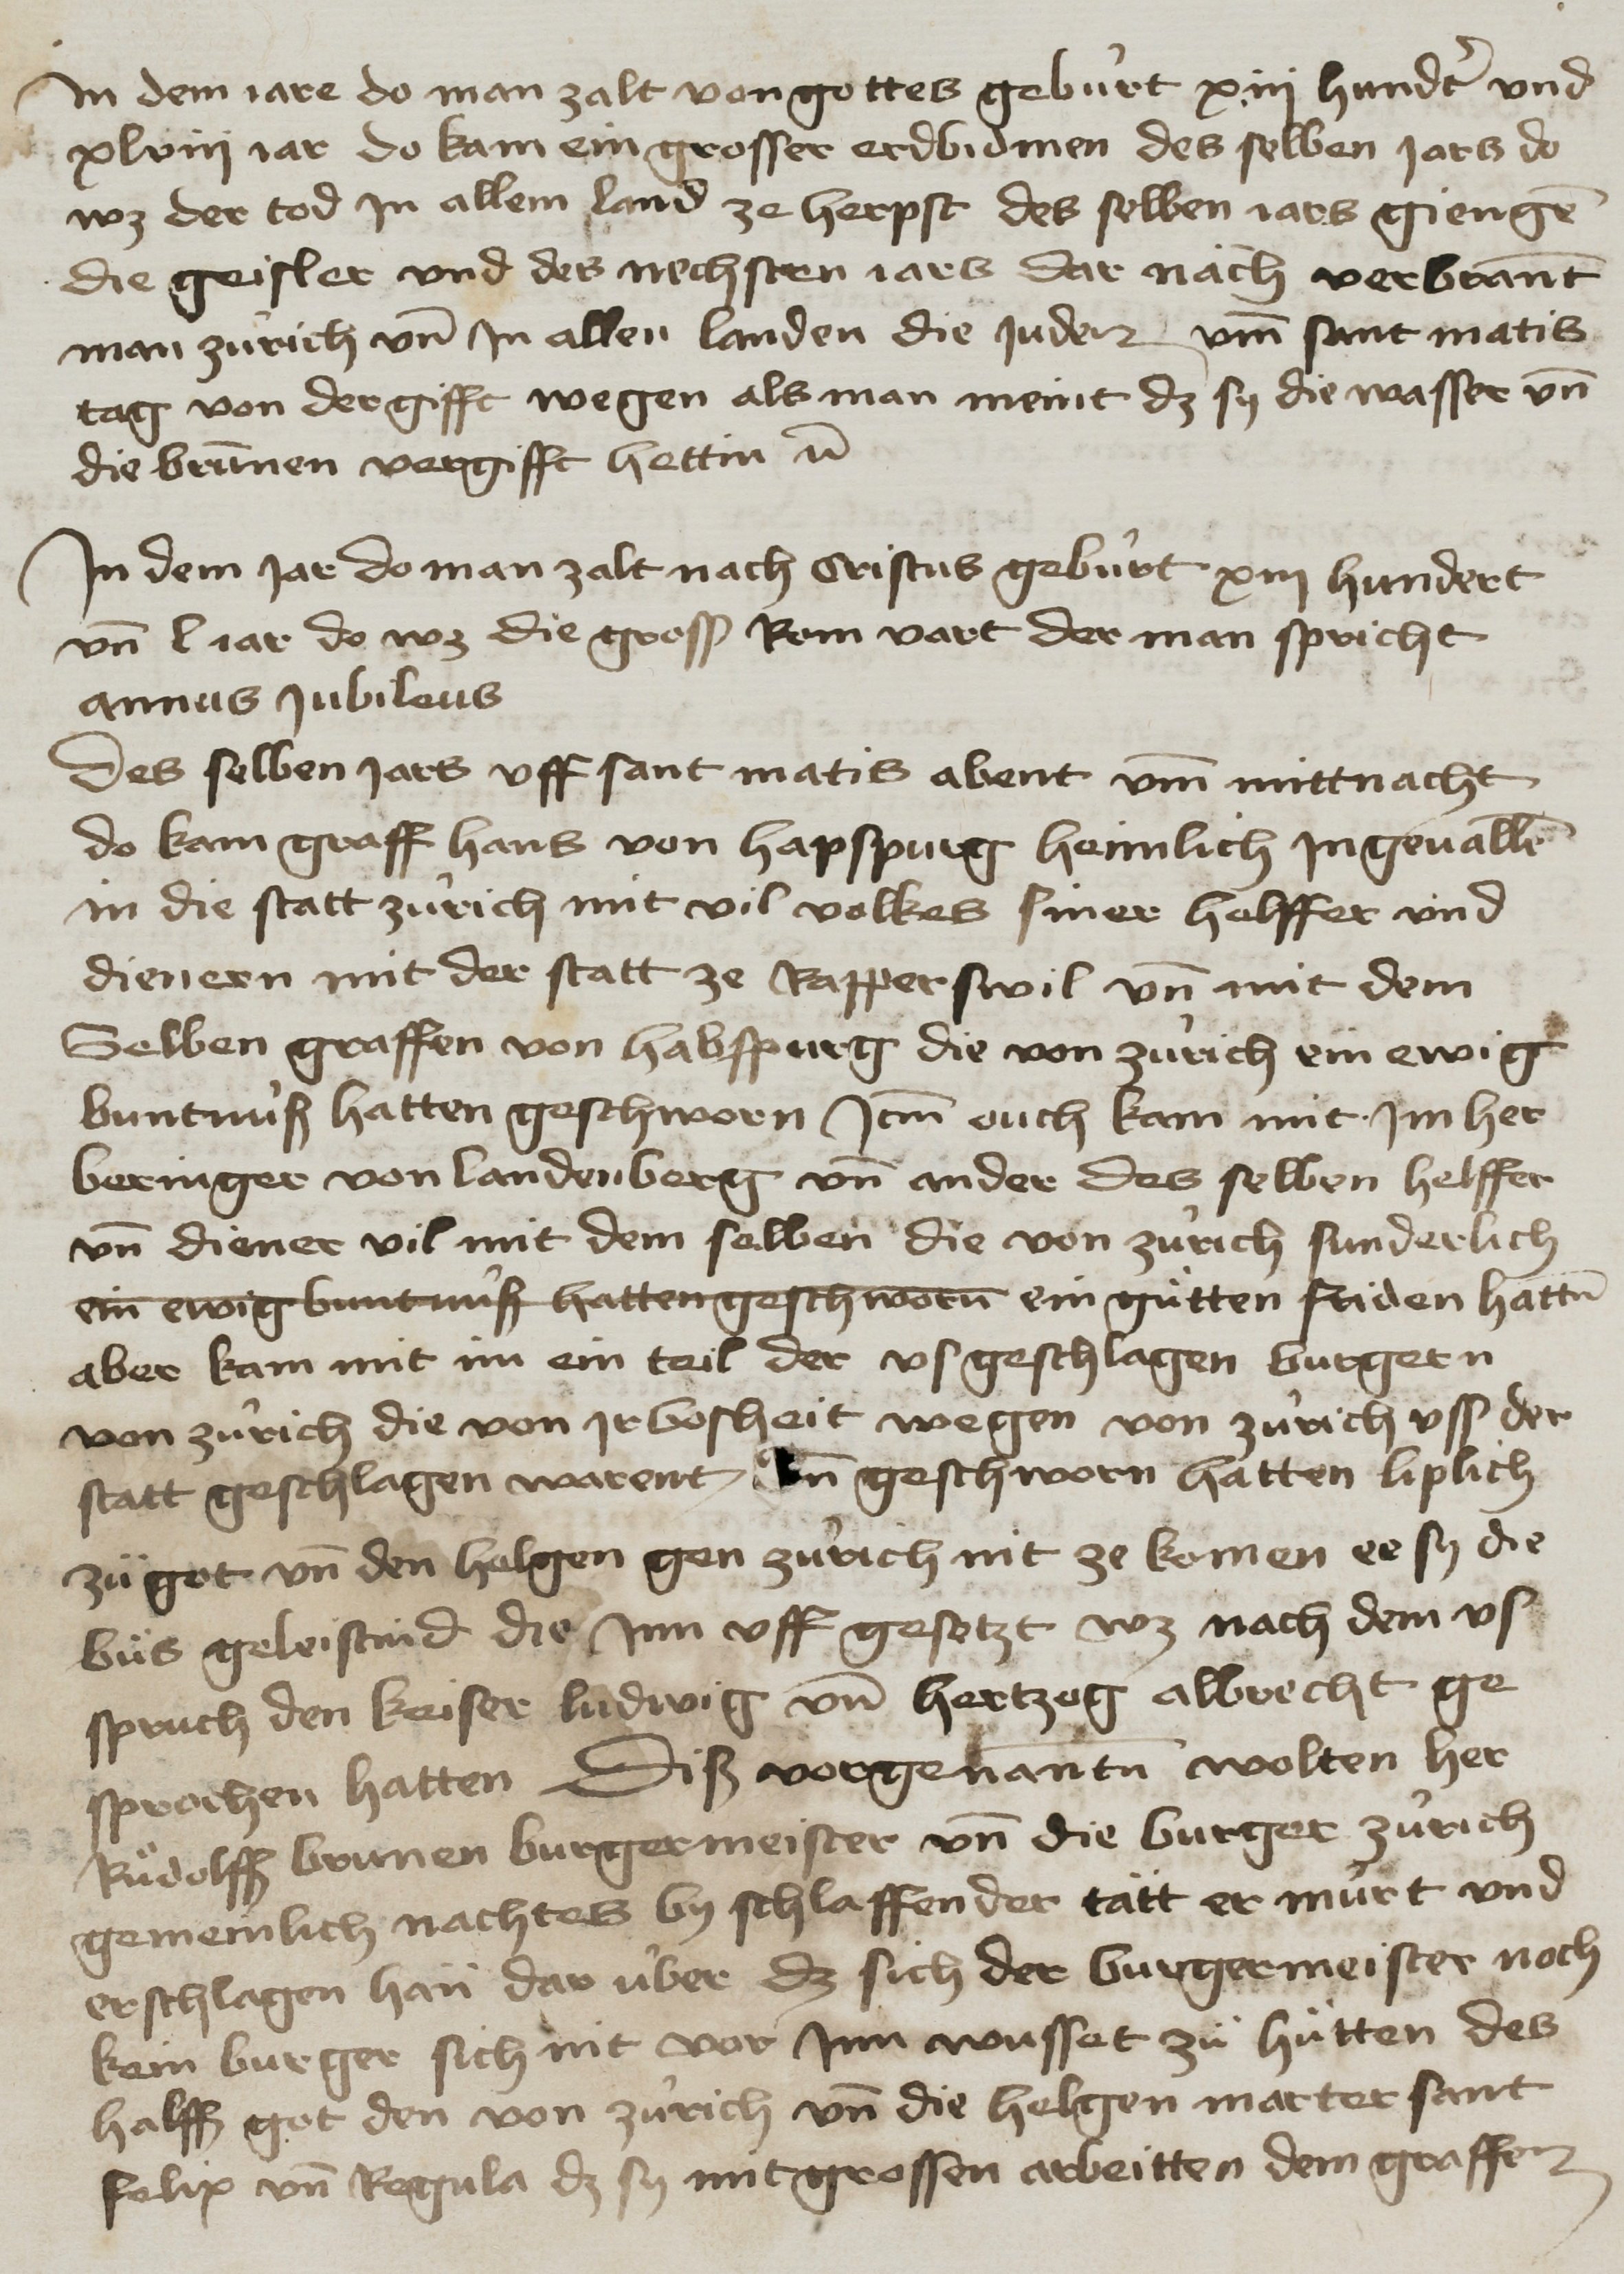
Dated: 1400–1499